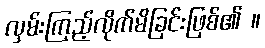
လှမ်းကြည့်လိုက်မိခြင်းဖြစ်၏ ။